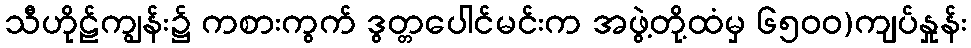
သီဟိုဠ်ကျွန်း၌ ကစားကွက် ဒွတ္တပေါင်မင်းက အဖွဲ့တို့ထံမှ ၆၅၀၀)ကျပ်နှုန်း